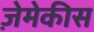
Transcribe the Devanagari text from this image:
ज़ेमेकीस